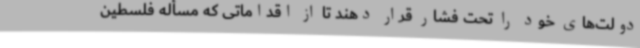
دولت‌های خود را تحت فشار قرار دهند تا از اقداماتی که مسأله فلسطین